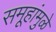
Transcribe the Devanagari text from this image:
समूहांमुळे